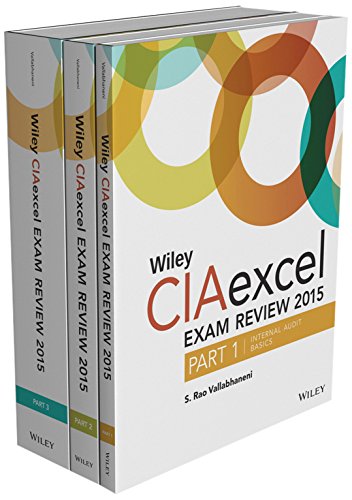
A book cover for Wiley CIAexcel Exam Review 2015: Complete Set (Wiley CIA Exam Review Series); S. Rao Vallabhaneni; Business & Money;